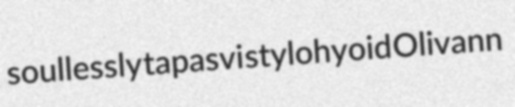
soullessly tapasvi stylohyoid Olivann